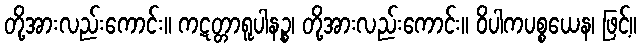
တို့အားလည်းကောင်း။ ကဋတ္တာရူပါနဉ္စ၊ တို့အားလည်းကောင်း။ ဝိပါကပစ္စယေန၊ ဖြင့်။